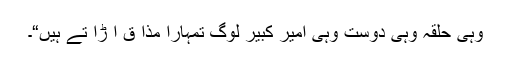
وہی حلقہ وہی دوست وہی امیر کبیر لوگ تمہارا مذا ق اُ ڑا تے ہیں“۔